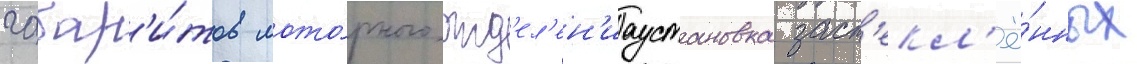
габар'и́тов мото́рного отд'ел'ен'иаустановка заст'екл'ё́нных